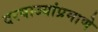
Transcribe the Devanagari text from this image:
दरवाज्यांप्रमाणे